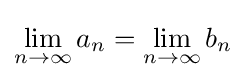
\lim _{n\to \infty }a_{n}=\lim _{n\to \infty }b_{n}